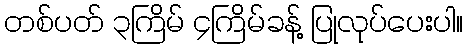
တစ်ပတ် ၃ကြိမ် ၄ကြိမ်ခန့် ပြုလုပ်ပေးပါ။